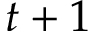
t + 1